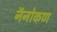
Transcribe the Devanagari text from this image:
नॅनोकण